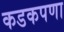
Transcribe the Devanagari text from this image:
कडकपणा